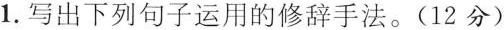
1.写出下列句子运用的修辞手法。(12分)